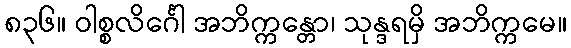
၈၃၆။ ဝါစ္စလိင်္ဂေါ အဘိက္ကန္တော၊ သုန္ဒရမှိ အဘိက္ကမေ။